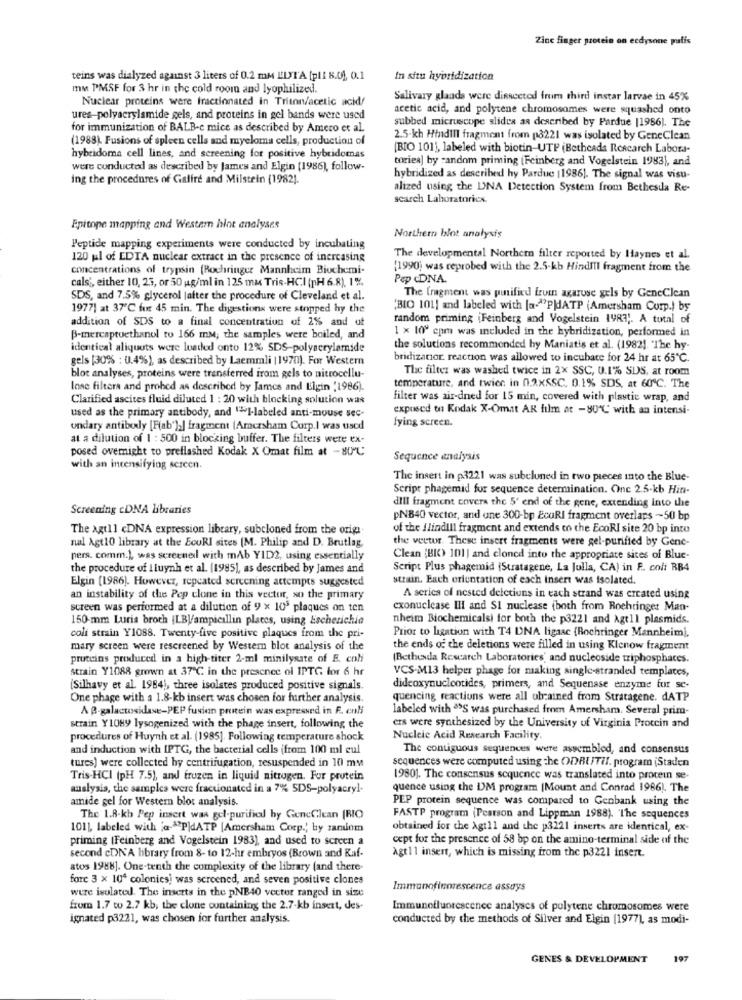
Zinc finger protein on ecdysone pastis
teins was dialyzed against 3 liters of 0.2 mm LUXT'A (plI 8.0), 0.1
In situ hybridization
mm PMSF for 3 hr in the cold room and lyophilized.
Nuclear proteins were fractionated in Triton/acetic acid/
Salivary glands were dissected from third instar larvae in 45%
acetic acid, and polytene chromosomes were squashed onto
ures-polyacrylamide gels, and proteins in gel bands were used
subbed micruscope slides as described by Pardue |1986). The
for immunization of BALB-c mice as described by Amero et al.
(1988). Fusions of spleen cells and myeloma cells, production of
2.5-kh HindiIl fragment from p8221 was isolated by GeneClean
[BIO 1011, labeled with biotin-UTF (Bethcada Research Labora-
hybridoma cell lines, and screening for positive hybridomas
toriea) by random priming (Feinberg and Vogelstein 1983), and
were conducted as described by James and Elgin (1986), follow-
ing the procedures of Galfre and Milstein (1982].
hybridized as described hy Pardue |1986]. The signal was visu-
alized using the DINA Detection System from Bethesda Re-
search Laboratories.
Epitope mapping and Westem hint analyses
Northern blot analysis
Peptide mapping experiments were conducted by incubating
120 ul of EDTA nuclear extract in the presence of inercasing
The developmental Northern filter reported by Haynes et al.
concentrations of trypsin (Rochringer Mannheim Biochemi-
(1990) was reprobed with the 2.5-kb HindiIl fragment from the
cals', either 10, 25, or 50 ug/ml in 125 ma Tris-HCI (pH 6.8), 1%
Pep cDNA.
SDS, and 7.5% glycerol |after the procedure of Cleveland et al.
The fragment was purified fruin agarose gels by GeneClean
1977! at 37℃ fur 45 min. The digestions were stopped hy the
"BIO 101] and labeled with [a-"PdATP (Amersham Corp.) by
addition of SDS to a final concentration of 2% and of
random priming (Feinberg and Vogelstein 1YR3 ;. A total of
1 x 10" epm was included in the hybridization, performed in
B-mercaptuethanol to 166 mM; the samples were boiled, and
identical aliquots were loaded onto 12% SDS-polyacrylamide
the solucions recommended by Maniatis et al. (1982). "The hy-
gels [30% : 0.4%), as described by Laemmli |1970). For Western
bridizatior reaction was allowed to incubate for 24 hr at 65℃.
The filter was washed twice in 2x SSC, 0.1% SDS, at room
blot analyses, proteins were transferred from gels to nitrocellu-
Inse filters and probed as described by James and Elgin '1986).
temperature, and twier in 0.2XSSC, 0.1% SDS, at 60℃. The
Clarified ascites fluid diluted 1 : 20 with blocking solution was
filter was air-dned for 15 min, covered with plastic wrap, and
exposed to Kodak X-Omat AR film at - 80℃' with an intensi-
used as the primary antibody, and "I-labeled anti-mouse sec-
fying screen.
undary antibody [F(ab"),| fragment (Amersham Corp.| was used
at a dilution of 1 : 500 in blocking buffer. The filters were ex-
posed overnight to preflashed Kodak X Omat film at -80'℃
Sequence analysis
with an intensifying screen.
The insert in p3221 was subcluned in two pieces into the Blue-
Script phagemid for sequence determination. One 2.5-kb Hin-
dill fragment covers the 5' end of the gene, extending into the
Screening cDNA libraries
PNB40 vector, and une 300-bp EcuRI fragment overlaps -50 bp
The Agt1] <DNA expression library, subcloned from the orig
of the ilindlll fragment and extends to the EcoRI site 20 bp into
nal Agt10 library at the EcuRI sites (M. Philip and D. Brutlag,
the vector. These insert fragments were gel-purified by Gene
pers. comm.), was screeneil with mAb YID2, using essentially
Clean (BIC) 101| and cloncd into the appropriate sites of Blue-
the procedure of Iluynh et al. (1985), as described by James and
Script Plus phagemid (Stratagene, La Julla, CA) in E. coli BB4
Elgin (1986). However, repeated screening attempts suggested
strain. Each orientation of each insert was isolated.
an instability of the Pep clone in this vector, so the primary
A series of nested deletions in each strand was ercated using
screen was performed at a dilution of 9 x 105 plaques on ten
exonuclease III and SI nuclease (both from Roehringer Man-
150-mm Luria broch |LBV/ampicillin places, using Escherichia
nheim Biochemicalsi for both the p3221 and Agt11 plasmids.
Prior to ligation with T4 DNA ligasc (Rochringer Mannheim),
coli strain Y1088. Twenty-five positive plaques from the pri-
mary screen were rescreened by Western blot analysis of the
the ends of the deletions were filled in using Klenow fragment
proteins produced in a high-titer 2-ml minilysate of E. coli
(Bethesda Research Laboratories and nucleoside triphosphates.
strain Y1088 grown at 37℃ in the presence of IPTG for 6 hr
VCS-M13 helper phage for making single-stranded templates,
[Silhavy et al. 1984), three isolates produced positive signals.
dideoxynucleotides, primers, and Sequenase enzyme fur se-
One phage with a 1.8-kb insert was chosen for further analysis.
quencing reactiuns were all obrained from Stratagene. dATP
A B-galactosidase-PEP fusion protein was expressed in F. enli
labeled with "'S was purchased from Amersham. Several prim-
strain Y1089 lysogenized with the phage insert, following the
ers were synthesized by the University of Virginia Protein and
procedures of Huynh et al. (1985]. Following temperature shock
Nucleic Acid Research Facility.
and induction with IPTG, the bacterial cells (from 100 ml eul
The contiguous sequences were assembled, and consensus
tures) were collected by centrifugation, resuspended in 10 mm
sequences were computed using the ODRUTH. program (Staden
Tris.HCI (pH 7.5), and frozen in liquid nitrogen. For protein
1980). The consensus sequence was translated into protein se-
analysis, the samples were fractionated in a 7% SDS-polyacryl-
quence using the DM program (Mount and Conrad 1986). The
amide gel for Western blot analysis.
PEP protein sequence was compared to Genbank using the
The 1.8-kh Pep insert was gel-purified by GeneClean (RIO
FASTP program (Pearson and Lippman 1988). The sequences
1011, labeled with a-P)dATP [Amersham Corp ., by zaniom
obtained for the Agt11 and the p3221 inserts are identical, ex-
priming (Feinberg and Vogelstein 1983), and used to screen a
cept for the presence of 58 bp on the amino-terminal side of the
second cDNA bbrary from 8- to 12-hr embryos (Brown and Kaf-
Agt11 insert, which is missing from the p3221 insert.
atos 1988]. One-tenth the complexity of the library (and there-
forc 3 x 10ª colonies! was screened, and seven positive clones
were isolated. The inserts in the pNB40 vector ranged in size
Immunofinorescence assays
from 1.7 to 2.7 kb, the clone ountaining the 2.7-kb insert, des-
Immunofluorescence analyses of polytene chromosomes were
ignated p3221, was chosen for further analysis.
conducted by the methods of Silver and Elgin (1977), as modi-
GENES & DEVELOPMENT
197